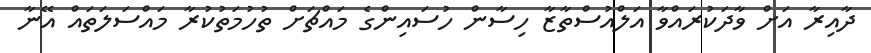
ދާއިރާ އަށް ވާދަކުރައްވާ އަލްއުސްތާޒާ ހިސާން ހުސައިންގެ މައްޗަށް ތުހުމަތުކުރާ މައްސަލަތައް އޭނާ